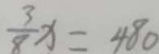
\frac { 3 } { 8 } x = 4 8 0